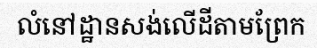
លំនៅដ្ឋានសង់លើដីតាមព្រែក